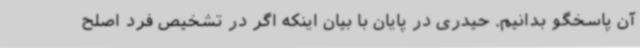
آن پاسخگو بدانیم. حیدری در پایان با بیان اینکه اگر در تشخیص فرد اصلح